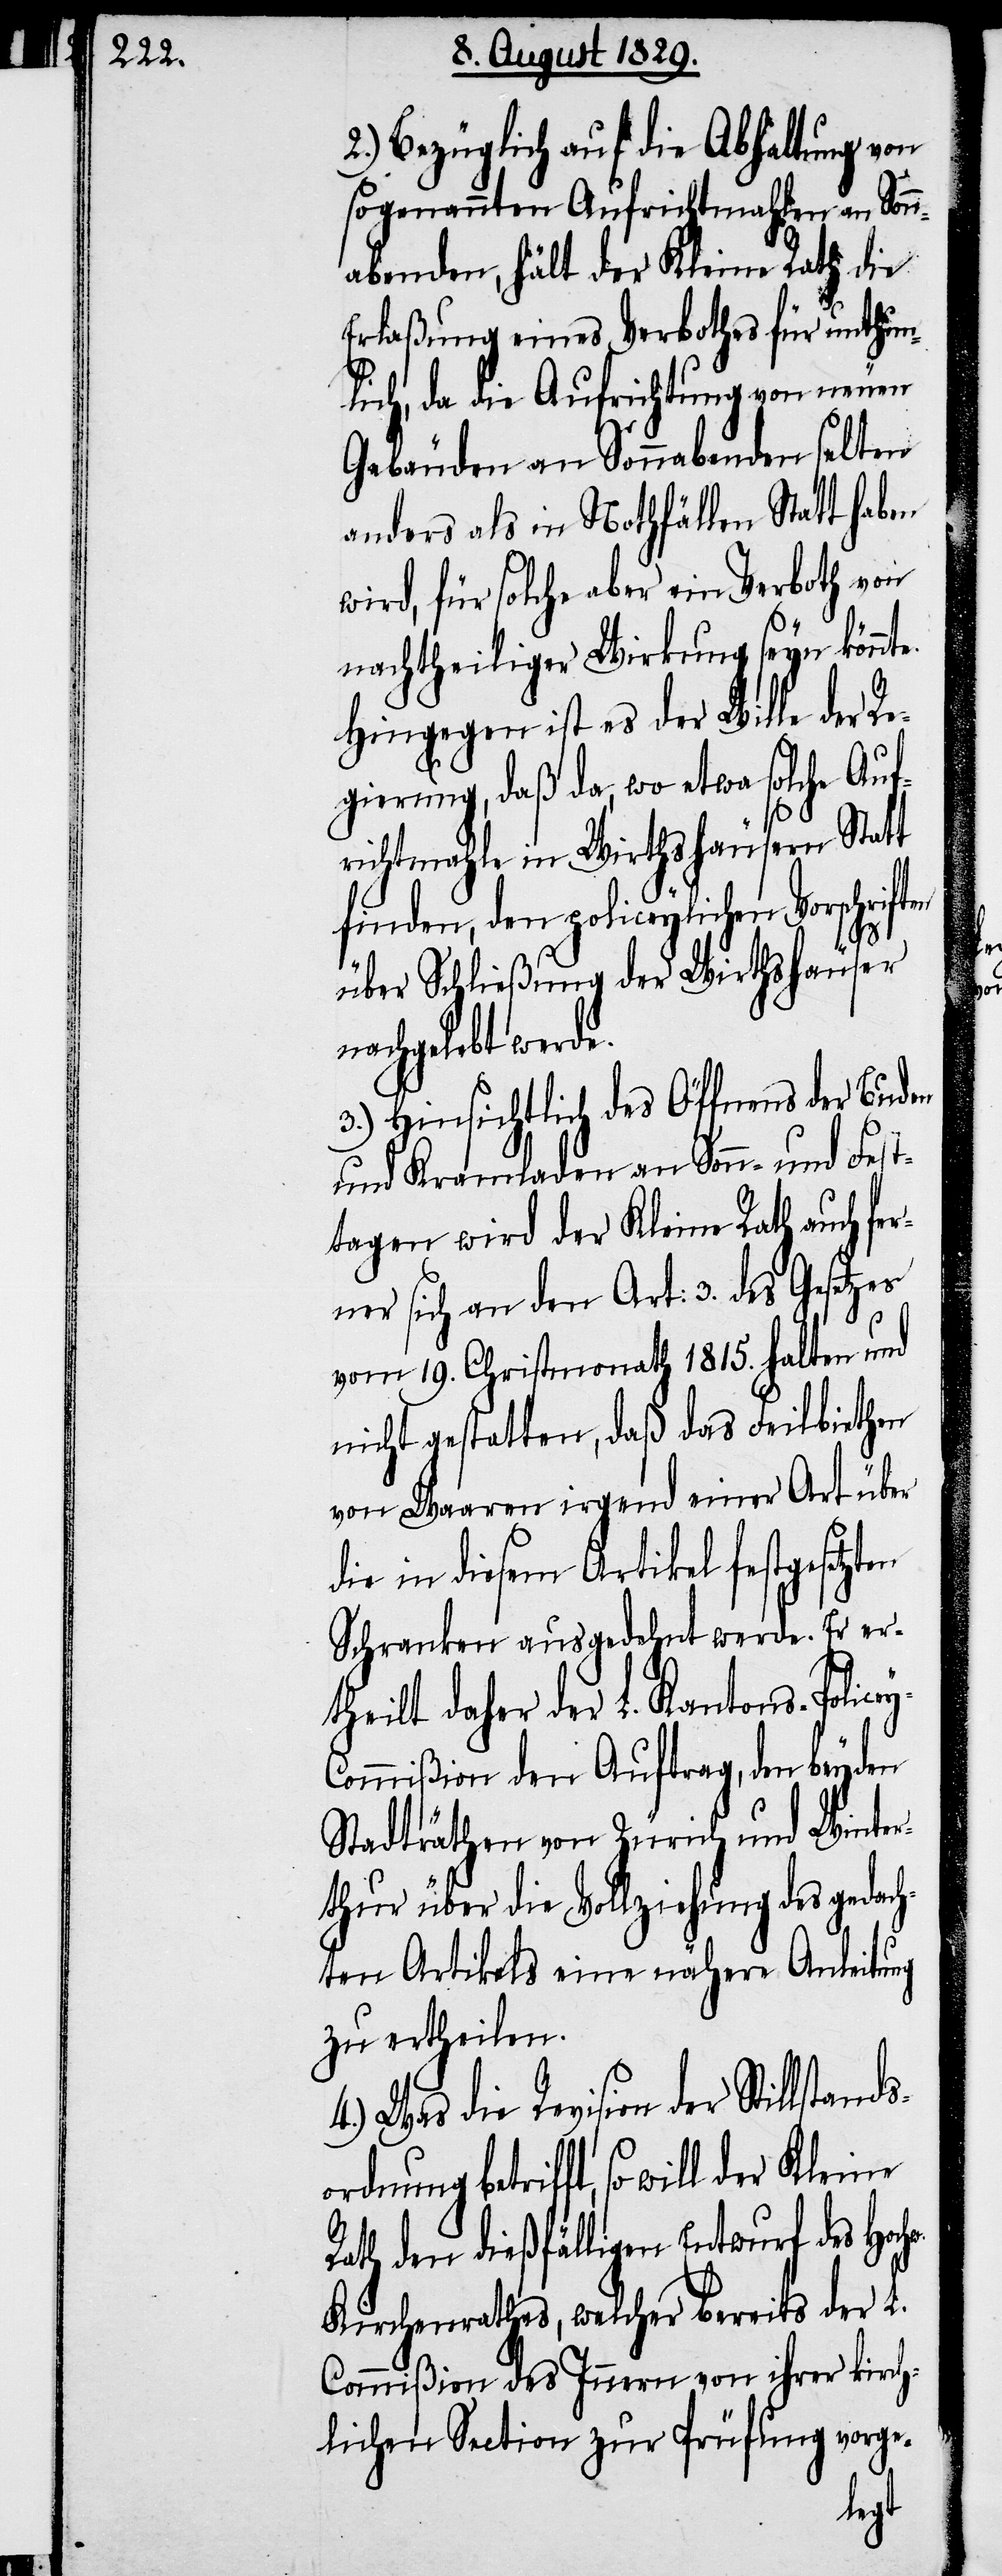
2.) Bezüglich auf die Abhaltung von
sogenannten Aufrichtmahlen an Sonn¬
abenden, hält der Kleine Rath die
Erlaßung eines Verbothes für unthun¬
lich, da die Aufrichtung von neuen
Gebäuden an Sonnabenden selten
anders als in Nothfällen Statt haben
wird, für solche aber ein Verboth von
nachtheiliger Wirkung seyn könnt¬
Hingegen ist es der Wille der Re¬
gierung, daß da, wo etwa solche Auf¬
richtmahle in Wirthshäusern Statt
finden, den policeylichen Vorschriften
w.
über Schließung der Wirthshäuser
nachgelebt werde.
3.) Hinsichtlich des Öffnens der Buden
und Kramladen an Sonn- und Fest¬
tagen wird der Kleine Rath auch fer¬
ner sich an den Art: 3 des Gesetzes
vom 19. Christmonath 1815. halten und
nicht gestatten, daß das Feilbiethen
von Waaren irgend einer Art über
die in diesem Artikel festgesetzten
Schranken ausgedehnt werde. Er er¬
theilt daher der L. Kantons-Police¬
y-Commißion dem Auftrag, den beyden
Stadträthen von Zürich und Winter¬
thur über die Vollziehung des gedac¬
hten Artikels eine nähere Anleitung
zu ertheilen.
4.) Was die Revision der Stillstand¬
ordnung betrifft, so will der
Rath den dießfälligen Entwurf des Hoch¬
Kirchenrathes, welcher bereits der L.
Commißion des Innern von ihrer kirch¬
lichen Section zur Prüfung vorge-